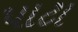
પાટા